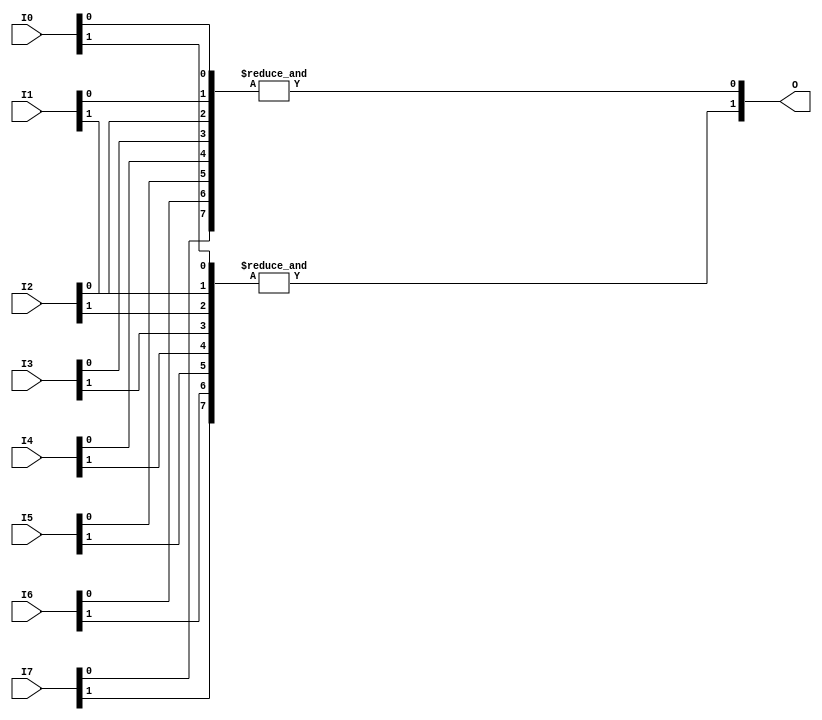
module And8x2 (
    input [1:0] I0,
    input [1:0] I1,
    input [1:0] I2,
    input [1:0] I3,
    input [1:0] I4,
    input [1:0] I5,
    input [1:0] I6,
    input [1:0] I7,
    output [1:0] O
);
assign O = {& ({I7[1],I6[1],I5[1],I4[1],I3[1],I2[1],I1[1],I0[1]}),& ({I7[0],I6[0],I5[0],I4[0],I3[0],I2[0],I1[0],I0[0]})};
endmodule